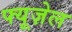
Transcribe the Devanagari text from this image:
फ्यूज़ेल